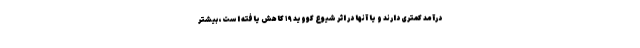
درآمد کمتری دارند و یا آنها در اثر شیوع کووید ۱۹ کاهش یافته است، بیشتر